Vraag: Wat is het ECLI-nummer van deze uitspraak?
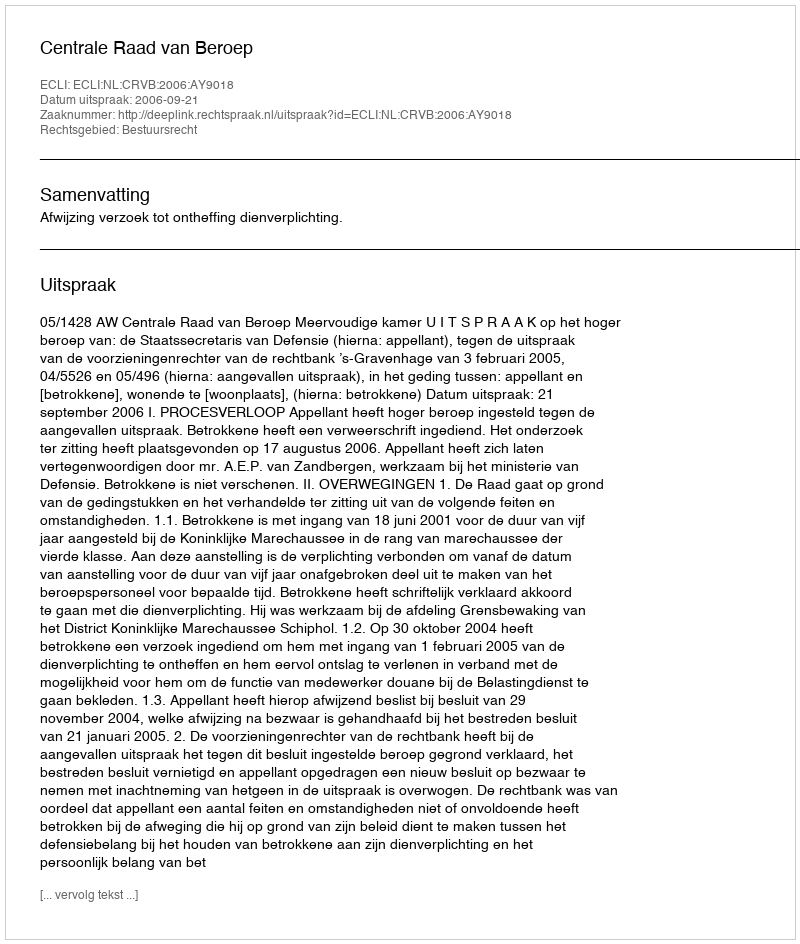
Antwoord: ECLI:NL:CRVB:2006:AY9018